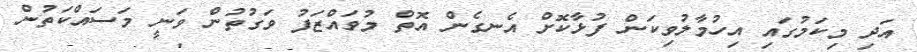
އަދި މިކަމުގައި އިހުމާލުވިކަން ފުޅާކޮށް އެނގެން އޮތް މުވައްޒަފު ވަގުތުން ވަނީ މަސައްކަތުން